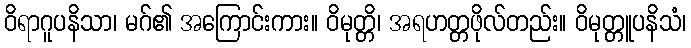
ဝိရာဂူပနိသာ၊ မဂ်၏ အကြောင်းကား။ ဝိမုတ္တိ၊ အရဟတ္တဖိုလ်တည်း။ ဝိမုတ္တူပနိသံ၊